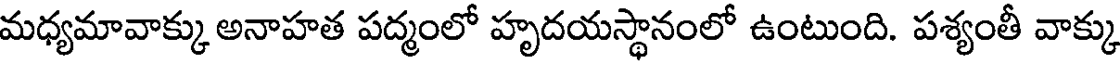
మధ్యమావాక్కు అనాహత పద్మంలో హృదయస్థానంలో ఉంటుంది. పశ్యంతీ వాక్కు